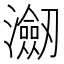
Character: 𭳤